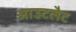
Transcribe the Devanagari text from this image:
आउटलैट